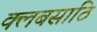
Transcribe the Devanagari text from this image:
क्लबसाठि